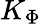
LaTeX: K_{\Phi}